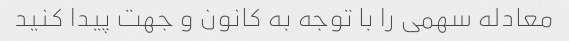
معادله سهمی را با توجه به کانون و جهت پیدا کنید